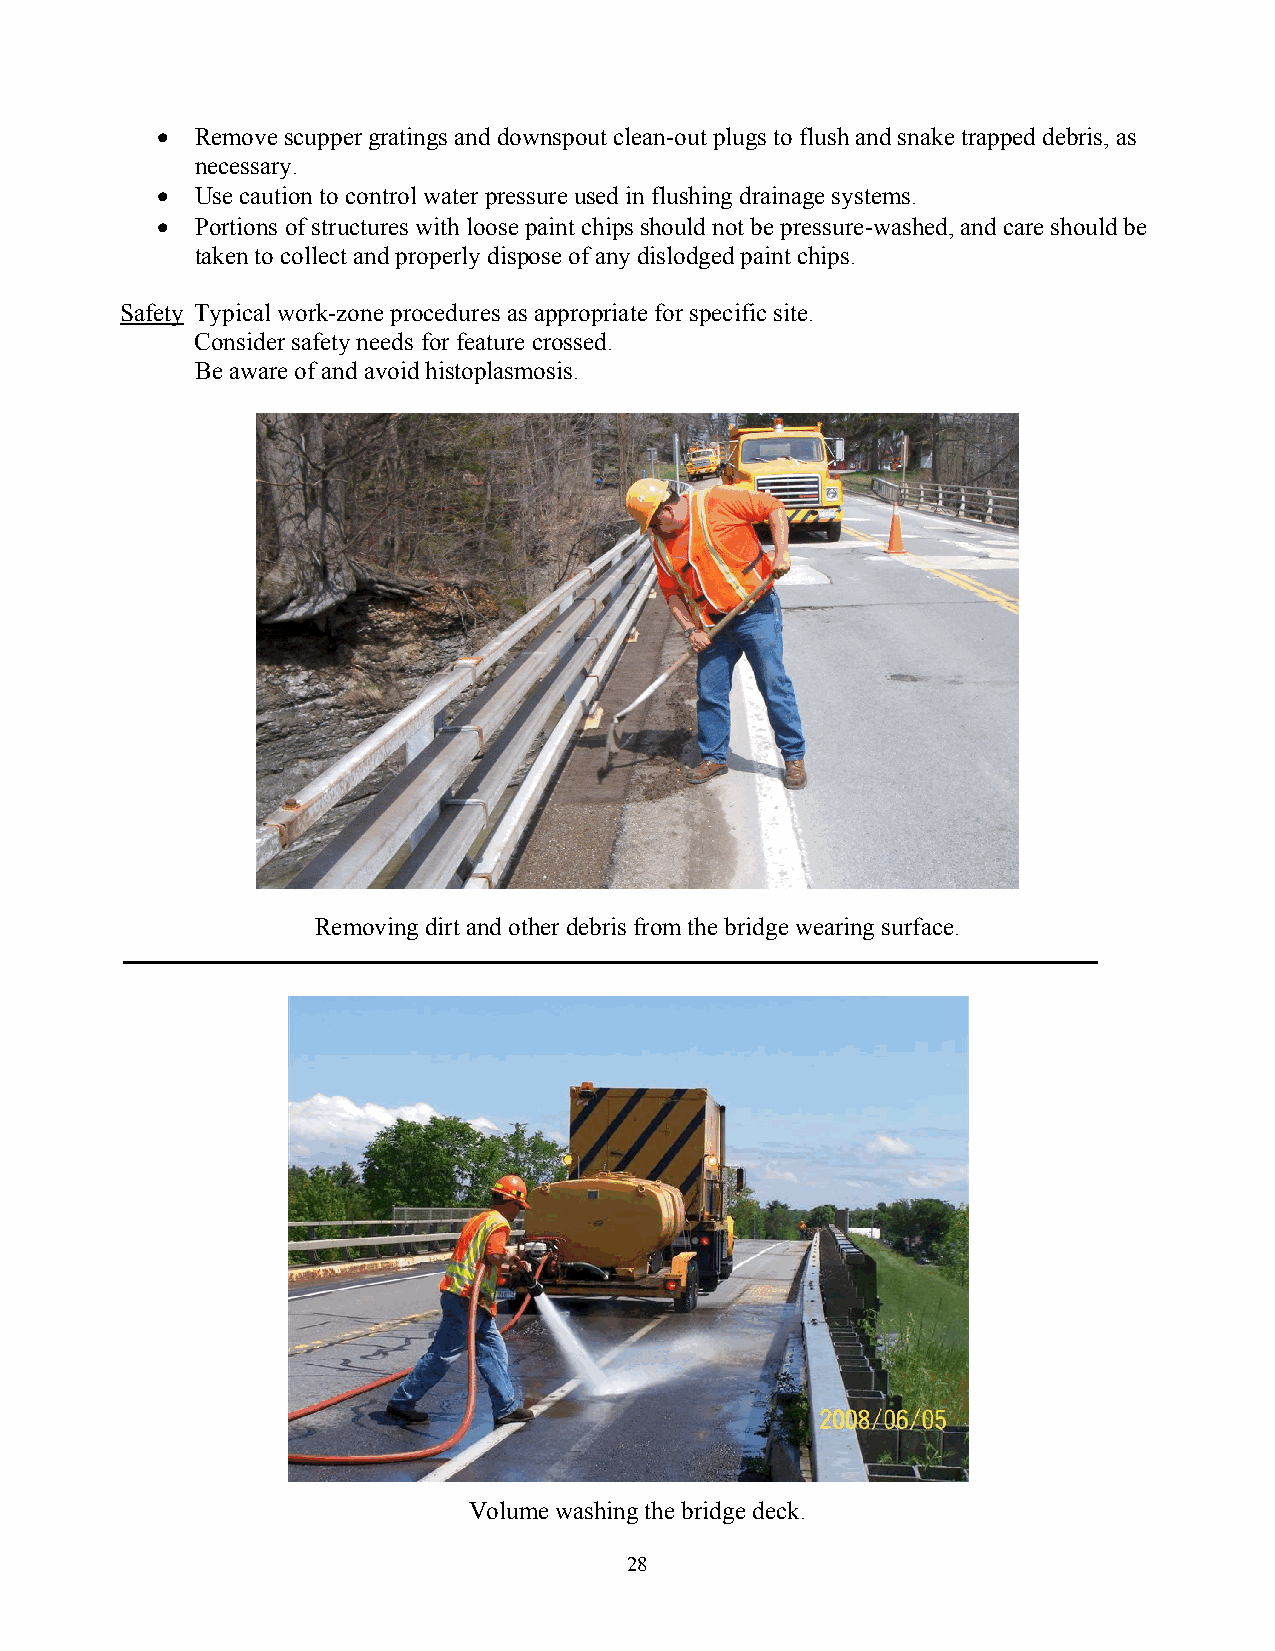
•  Remove scupper gratings and downspout clean-out plugs to flush and snake trapped debris, as
 necessary.
 •  Use caution to control water pressure used in flushing drainage systems.
 •  Portions of structures with loose paint chips should not be pressure-washed, and care should be
 taken to collect and properly dispose of any dislodged paint chips.
 Safety Typical work-zone procedures as appropriate for specific site.
 Consider safety needs for feature crossed.
 Be aware of and avoid histoplasmosis.
 Removing dirt and other debris from the bridge wearing surface.
 Volume washing the bridge deck.
 28